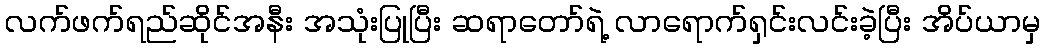
လက်ဖက်ရည်ဆိုင်အနီး အသုံးပြုပြီး ဆရာတော်ရဲ့ လာရောက်ရှင်းလင်းခဲ့ပြီး အိပ်ယာမှ